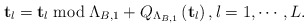
\begin{align*}\mathbf{t}_{l}=\mathbf{t}_{l}\bmod\Lambda_{B,1}+Q_{\Lambda_{B,1}}\left(\mathbf{t}_{l}\right),l=1,\cdots,L.\end{align*}